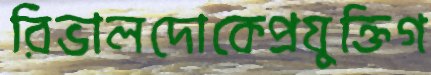
রিভালদোকেপ্রযুক্তিগ